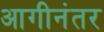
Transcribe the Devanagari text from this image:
आगीनंतर